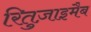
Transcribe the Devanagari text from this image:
रितुज़ाइमैब